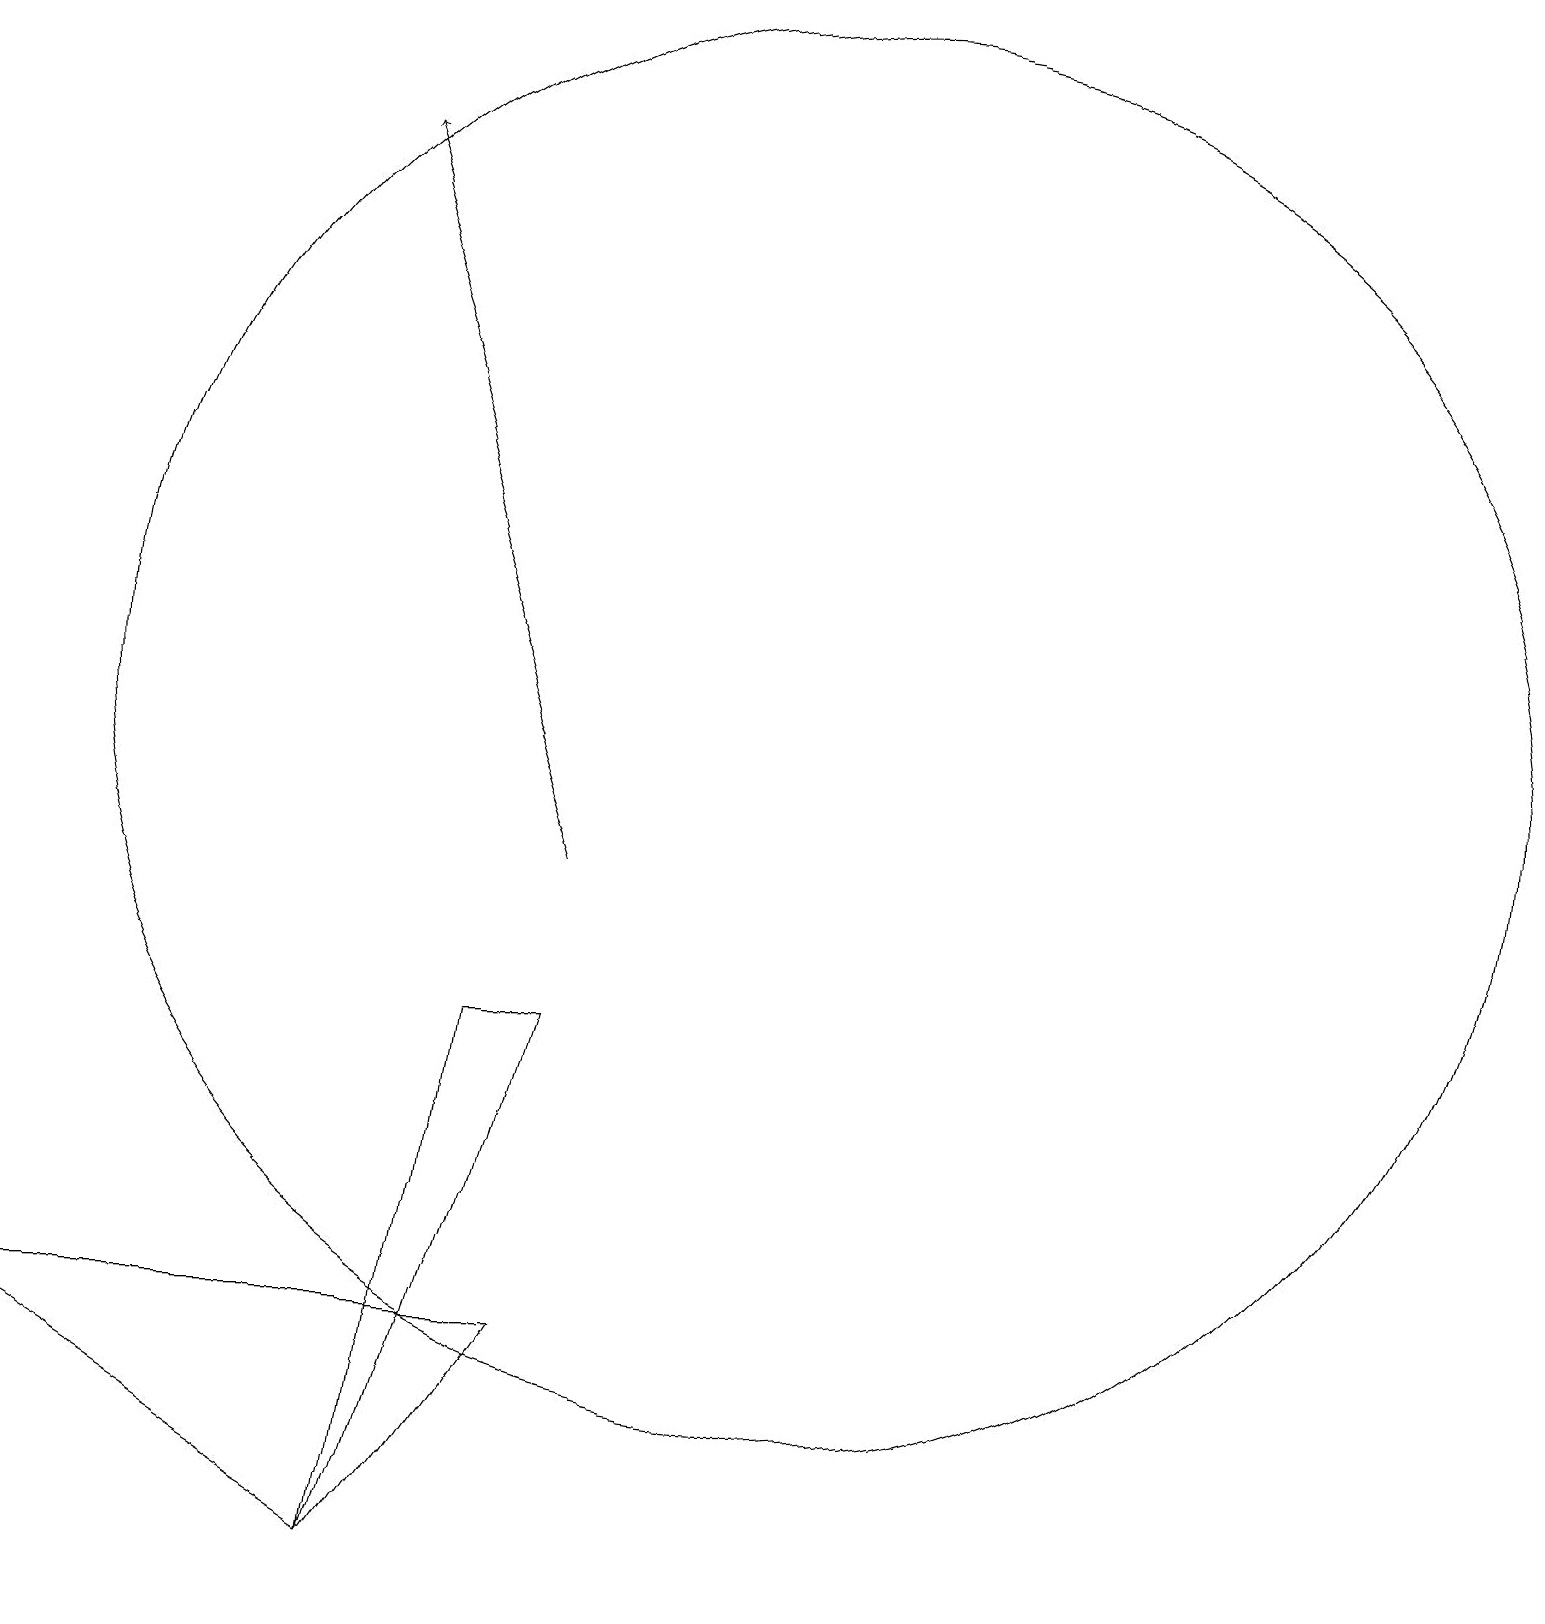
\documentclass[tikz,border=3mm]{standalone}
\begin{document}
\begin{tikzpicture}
\draw[->] (8,10) -- (5,19);
\draw (8,8) -- (7,8) -- (6,1) -- cycle;
\draw (8,4) -- (1,4) -- (6,1) -- cycle;
\draw (11,12) circle (9);
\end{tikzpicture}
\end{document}